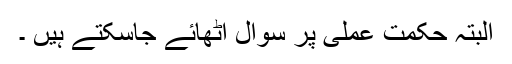
البتہ حکمتِ عملی پر سوال اٹھائے جاسکتے ہیں ۔